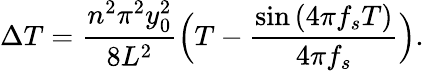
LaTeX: \Delta T=\frac{n^{2}\pi^{2}y_{0}^{2}}{8L^{2}}\Bigl(T-\frac{\sin{(4\pi f_{s}T)}}{4\pi f_{s}}\Bigr).